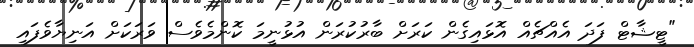
"ޓީޝާޓް ފަދަ އެއްޗެއް އޮޅައިގެން ކަަރަށް ބާރުކުރަން އުޅުނީމަ ކޮންމެވެސް ވަރަކަށް އަނިޔާވެފައި